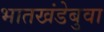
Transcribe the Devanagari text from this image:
भातखंडेबुवा